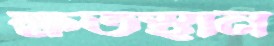
ক্ষতস্থান